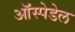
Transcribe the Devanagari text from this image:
ऑस्पेडेल